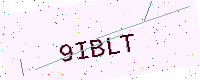
Text: 9IBLT